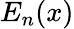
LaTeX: E_{n}(x)